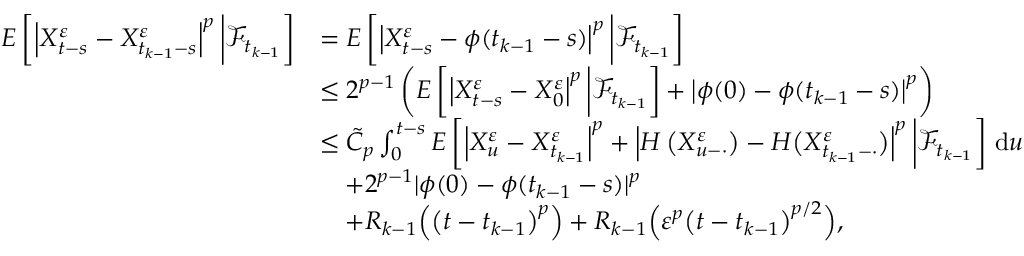
\begin{array} { r l } { E \left[ \left| X _ { t - s } ^ { \varepsilon } - X _ { t _ { k - 1 } - s } ^ { \varepsilon } \right| ^ { p } \bigg | \mathcal { F } _ { t _ { k - 1 } } \right] } & { = E \left[ \left| X _ { t - s } ^ { \varepsilon } - \phi ( t _ { k - 1 } - s ) \right| ^ { p } \bigg | \mathcal { F } _ { t _ { k - 1 } } \right] } \\ & { \leq 2 ^ { p - 1 } \left( E \left[ \left| X _ { t - s } ^ { \varepsilon } - X _ { 0 } ^ { \varepsilon } \right| ^ { p } \bigg | \mathcal { F } _ { t _ { k - 1 } } \right] + \left| \phi ( 0 ) - \phi ( t _ { k - 1 } - s ) \right| ^ { p } \right) } \\ & { \leq \tilde { C } _ { p } \int _ { 0 } ^ { t - s } E \left[ \left| X _ { u } ^ { \varepsilon } - X _ { t _ { k - 1 } } ^ { \varepsilon } \right| ^ { p } + \left| H \left( X _ { u - \cdot } ^ { \varepsilon } \right) - H \big ( X _ { t _ { k - 1 } - \cdot } ^ { \varepsilon } \big ) \right| ^ { p } \bigg | \mathcal { F } _ { t _ { k - 1 } } \right] \, \mathrm { d } u } \\ & { \quad + 2 ^ { p - 1 } | \phi ( 0 ) - \phi ( t _ { k - 1 } - s ) | ^ { p } } \\ & { \quad + R _ { k - 1 } \Big ( \big ( t - t _ { k - 1 } \big ) ^ { p } \Big ) + R _ { k - 1 } \Big ( \varepsilon ^ { p } \big ( t - t _ { k - 1 } \big ) ^ { p / 2 } \Big ) , } \end{array}